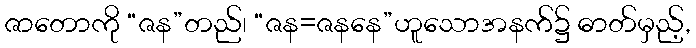
ဇာတောကို “ဇန”တည်၊ “ဇန=ဇနနေ”ဟူသောအနက်၌ ဓာတ်မှည့်,